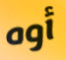
أوه